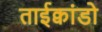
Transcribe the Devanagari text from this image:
ताईक्वांडो